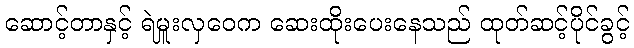
ဆောင့်တာနှင့် ရဲမှူးလှဝေက ဆေးထိုးပေးနေသည် ထုတ်ဆင့်ပိုင်ခွင့်